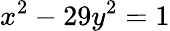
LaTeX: x^{2}-29y^{2}=1